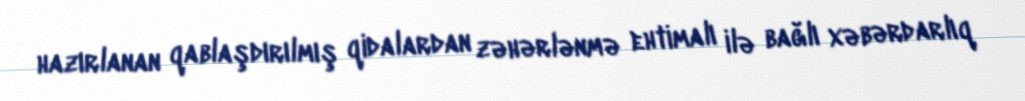
hazırlanan qablaşdırılmış qidalardan zəhərlənmə ehtimalı ilə bağlı xəbərdarlıq